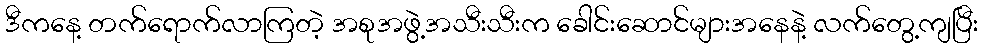
ဒီကနေ့ တက်ရောက်လာကြတဲ့ အစုအဖွဲ့အသီးသီးက ခေါင်းဆောင်များအနေနဲ့ လက်တွေ့ကျပြီး